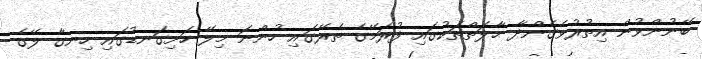
ބޭނުންވުން އިތުރުވެގެންދާ ޙާލަތްތަކުގައި ފުރަމޭގެ ތެރޭގައި ހުންނަ މިލޭ ހަށިގަނޑުގައި ހިނގާ ލޭގެ